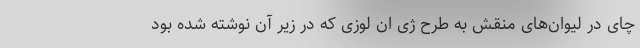
چای در لیوان‌های منقش به طرح ژی ان لوزی که در زیر آن نوشته شده بود